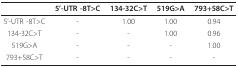
<table><thead><tr><td></td><td><b>5&#x27;-UTR -8T&gt;C</b></td><td><b>134-32C&gt;T</b></td><td><b>519G&gt;A</b></td><td><b>793+58C&gt;T</b></td></tr></thead><tbody><tr><td>5&#x27;-UTR -8T&gt;C</td><td>-</td><td>1.00</td><td>1.00</td><td>0.94</td></tr><tr><td>134-32C&gt;T</td><td>-</td><td>-</td><td>1.00</td><td>0.96</td></tr><tr><td>519G&gt;A</td><td>-</td><td>-</td><td>-</td><td>1.00</td></tr><tr><td>793+58C&gt;T</td><td>-</td><td>-</td><td>-</td><td>-</td></tr></tbody></table>